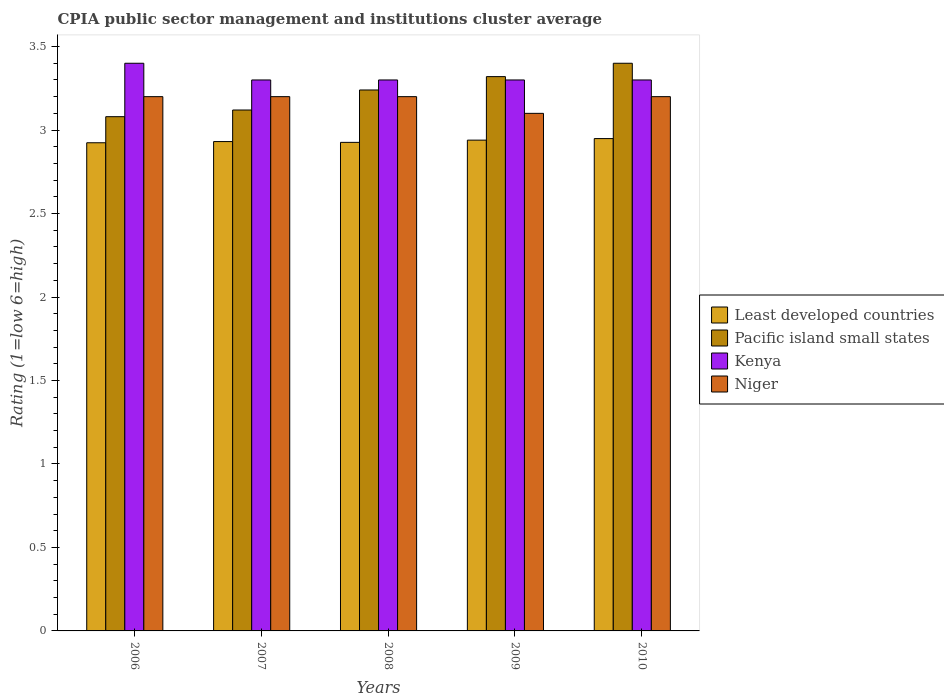
| Years | Least developed countries | Pacific island small states | Kenya | Niger |
 | --- | --- | --- | --- | --- |
 | 2006 | 2.92 | 3.08 | 3.4 | 3.2 |
 | 2007 | 2.93 | 3.12 | 3.3 | 3.2 |
 | 2008 | 2.93 | 3.24 | 3.3 | 3.2 |
 | 2009 | 2.94 | 3.32 | 3.3 | 3.1 |
 | 2010 | 2.95 | 3.4 | 3.3 | 3.2 |